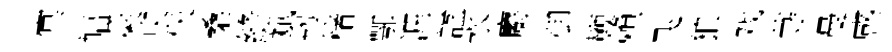
㝠幅萊臾佚桑縫斌韧楮鄂涯諡氷麝御鞭賴飞狼戏䒭曼感